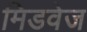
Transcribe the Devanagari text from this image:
मिडवेज